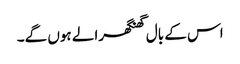
اس کے بال گھنگھرالے ہوں گے۔